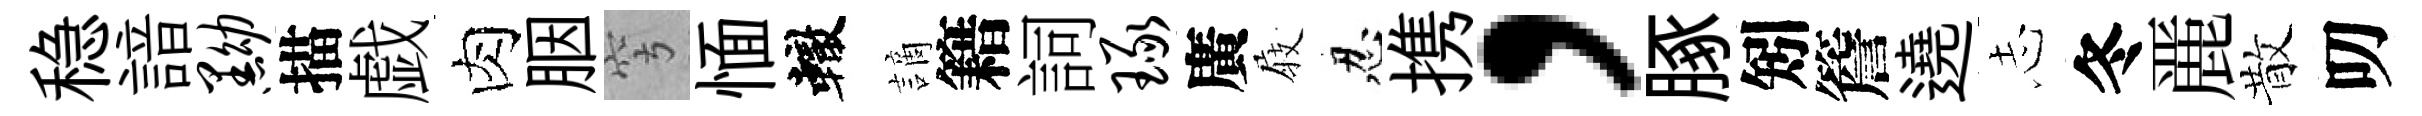
稳諳黝描戯肉胭穹愐轍謫籍詞琢廣𡲆忍携，䐁矧簷遶𢖽冬䴡散叨